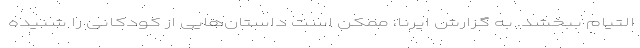
التیام ببخشد. به گزارش ایرنا، ممکن است داستان‌هایی از کودکانی را شنیده